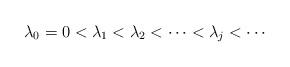
LaTeX: \begin{align*} \lambda_0 = 0 < \lambda_1 < \lambda_2 < \cdots < \lambda_j < \cdots \end{align*}